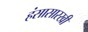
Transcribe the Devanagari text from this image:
हंसासारखी